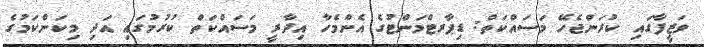
ވަޒީފާގައި ކުރަންޖެހޭ މަސައްކަތް: ޑިޕާރޓްމަންޓުގެ އެންމެހާ އިދާރީ މަސައްކަތް ކުރުމުގައި އަދި މިކަންކަމުގެ